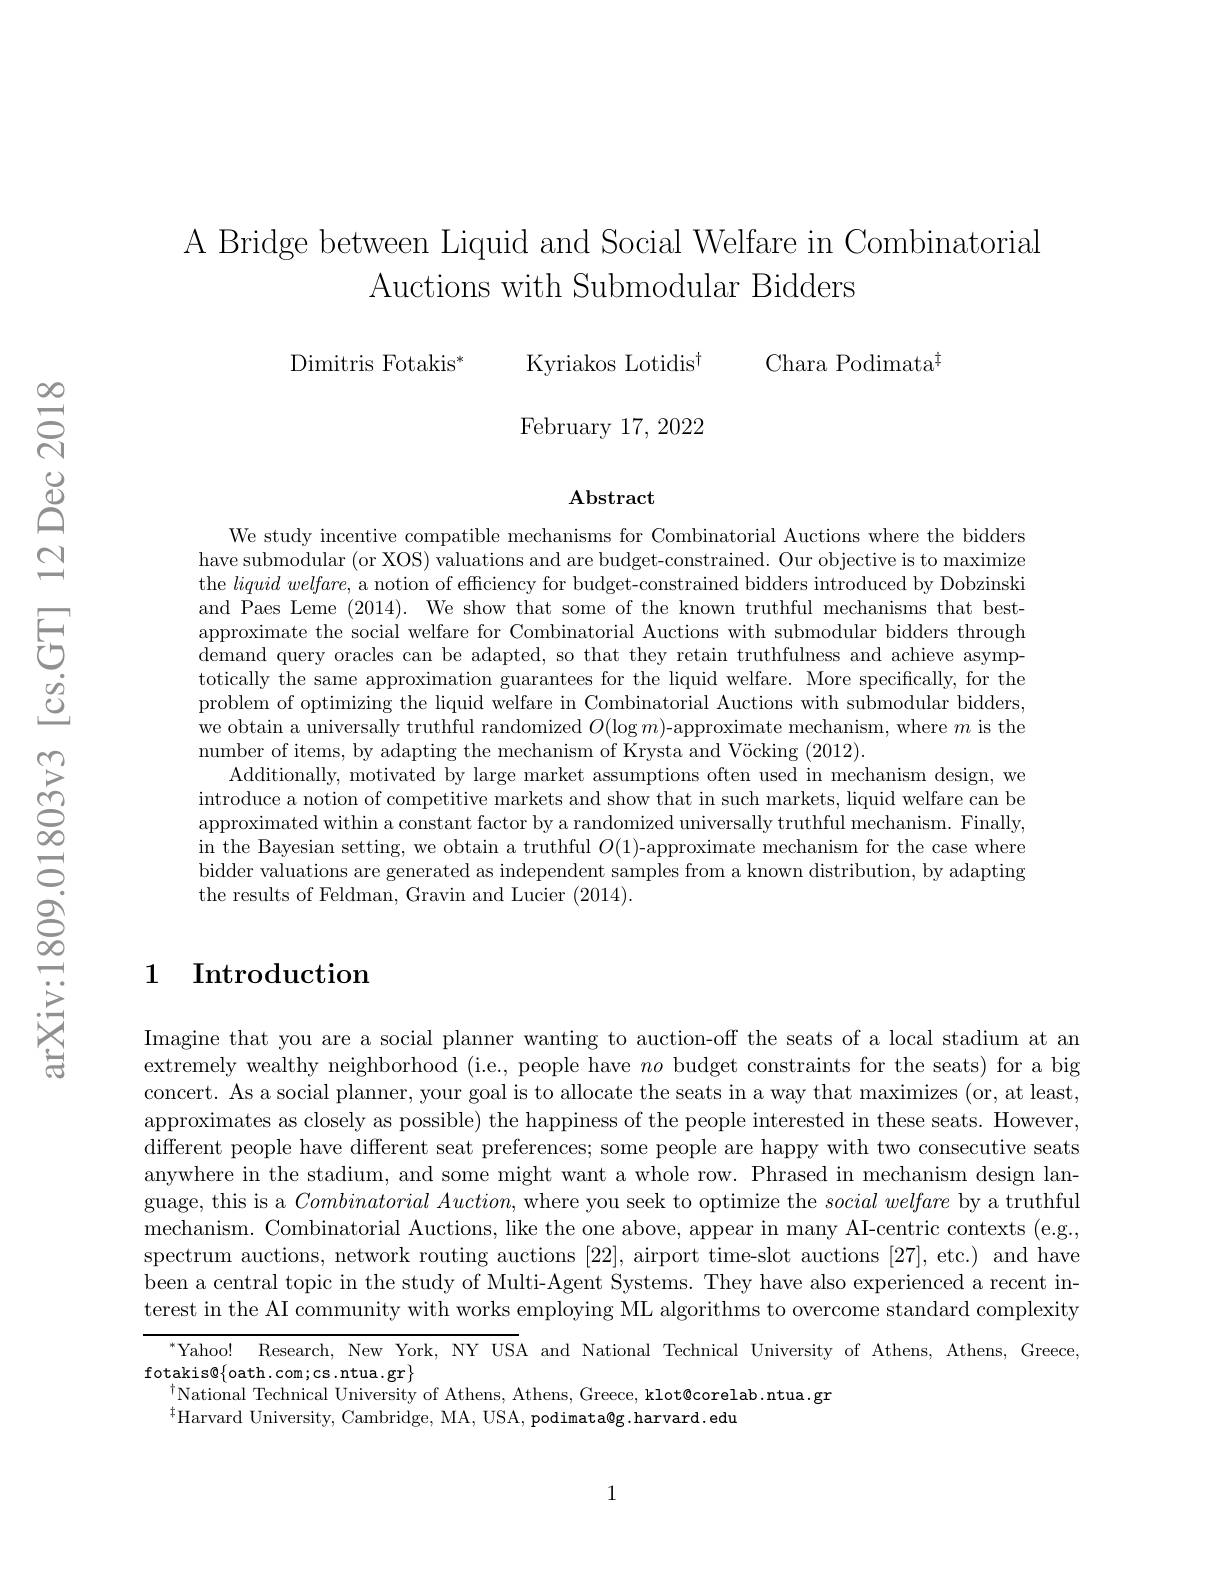
A Bridge between Liquid and Social Welfare in Combinatorial
Auctions with Submodular Bidders

Dimitris Fotakis$^*$
Chara Podimata$^{\ddagger}$
Kyriakos Lotidis$^{\dagger}$ ${\mathrm{February~17,~2022}}$

$\mathbf{Abstract}$

We study incentive compatible mechanisms for Combinatorial Auctions where the bidders have submodular (or XOS) valuations and are budget-constrained. Our objective is to maximize the $liquid\textit{ welfare, a notion of efficiency for budget- constrained bidders introduced by Dobzinski}$ and Paes Leme (2014). We show that some of the known truthful mechanisms that bestapproximate the social welfare for Combinatorial Auctions with submodular bidders through demand query oracles can be adapted, so that they retain truthfulness and achieve asymptotically the same approximation guarantees for the liquid welfare. More specifically, for the problem of optimizing the liquid welfare in Combinatorial Auctions with submodular bidders, we obtain a universally truthful randomized $O(\log m)$-approximate mechanism, where $m$ is the number of items, by adapting the mechanism of Krysta and Vöcking (2012).
Additionally, motivated by large market assumptions often used in mechanism design, we introduce a notion of competitive markets and show that in such markets, liquid welfare can be approximated within a constant factor by a randomized universally truthful mechanism. Finally, in the Bayesian setting, we obtain a truthful $O(1)$-approximate mechanism for the case where bidder valuations are generated as independent samples from a known distribution, by adapting the results of Feldman, Gravin and Lucier (2014).

## 1 Introduction

Imagine that you are a social planner wanting to auction-off the seats of a local stadium at an extremely wealthy neighborhood (i.e., people have $no$ budget constraints for the seats) for a big concert. As a social planner, your goal is to allocate the seats in a way that maximizes (or, at least, approximates as closely as possible) the happiness of the people interested in these seats. However, different people have different seat preferences; some people are happy with two consecutive seats anywhere in the stadium, and some might want a whole row. Phrased in mechanism design language, this is a $Combinatorial\textit{Auction, where you seek to optimize the }social\textit{welfare by a truthful}$ mechanism. Combinatorial Auctions, like the one above, appear in many AI-centric contexts (e.g.. spectrum auctions, network routing auctions [22], airport time-slot auctions [27], etc.) and have been a central topic in the study of Multi-Agent Systems. They have also experienced a recent interest in the AI community with works employing ML algorithms to overcome standard complexity

$^{*}$Yahoo! Research, New York, NY USA and National Technical University of Athens, Athens, Greece,
$\operatorname{fotakis@}\{$oath.com;cs.ntua.gr$\}$
$^{\dagger }$National Technical University of Athens,  Athens,  Greece,  klot@ corelab. ntua. gr trereserelab. ntua. gr
$^{\ddagger}$Harvard University, Cambridge, MA, USA, podimata@g.harvard.edu

1